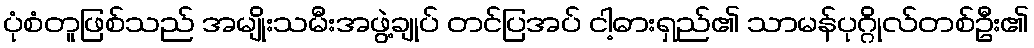
ပုံစံတူဖြစ်သည် အမျိုးသမီးအဖွဲ့ချုပ် တင်ပြအပ် ငါ့ဓားရှည်၏ သာမန်ပုဂ္ဂိုလ်တစ်ဦး၏